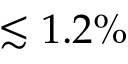
\lesssim 1 . 2 \%